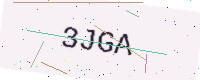
Text: 3JGA